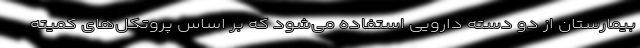
بیمارستان از دو دسته دارویی استفاده می‌شود که بر اساس پروتکل‌های کمیته